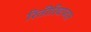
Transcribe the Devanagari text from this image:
रितीरिवाजात